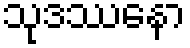
သုဒဿနော